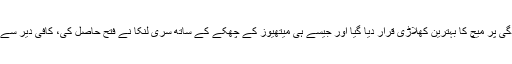
رنگانا ہیراتھ کو شاندار کارکردگی پر میچ کا بہترین کھلاڑی قرار دیا گیا اور جیسے ہی میتھیوز کے چھکے کے ساتھ سری لنکا نے فتح حاصل کی، کافی دیر سے رکے ہوئے بادل خوب برسے۔